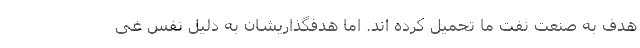
هدف به صنعت نفت ما تحمیل کرده اند. اما هدفگذاریشان به دلیل نفس غی